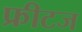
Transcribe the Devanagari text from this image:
फ्रीटज